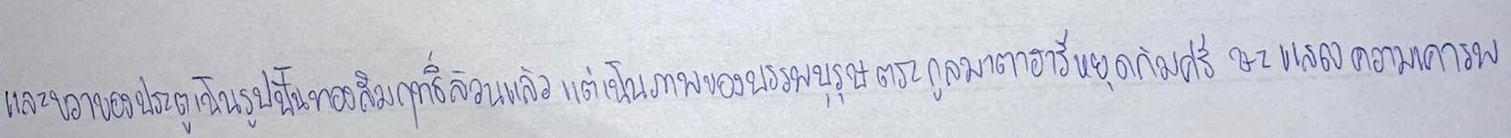
และขวาของประตูเป็นรูปปั้นทองสัมฤทธิ์ล้วนแล้วแต่เป็นภาพของบรรพบุรุษของตระกูลมาตาฮารีหยุดก้มศีรษะแสดงความเคารพ